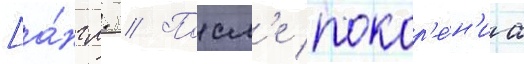
[а́нгл. // Посл'е покор'е́н'иа